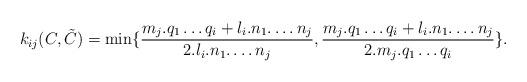
LaTeX: \begin{align*}k_{ij}(C,\tilde C)=\min \{\dfrac{m_{j}.q_{1}\ldots q_{i}+l_{i}.n_{1}.\ldots n_{j}}{2.l_{i}.n_{1}.\ldots n_{j}},\dfrac{m_{j}.q_{1}\ldots q_{i}+l_{i}.n_{1}.\ldots n_{j}}{2.m_{j}.q_{1}\ldots q_{i}}\}.\end{align*}